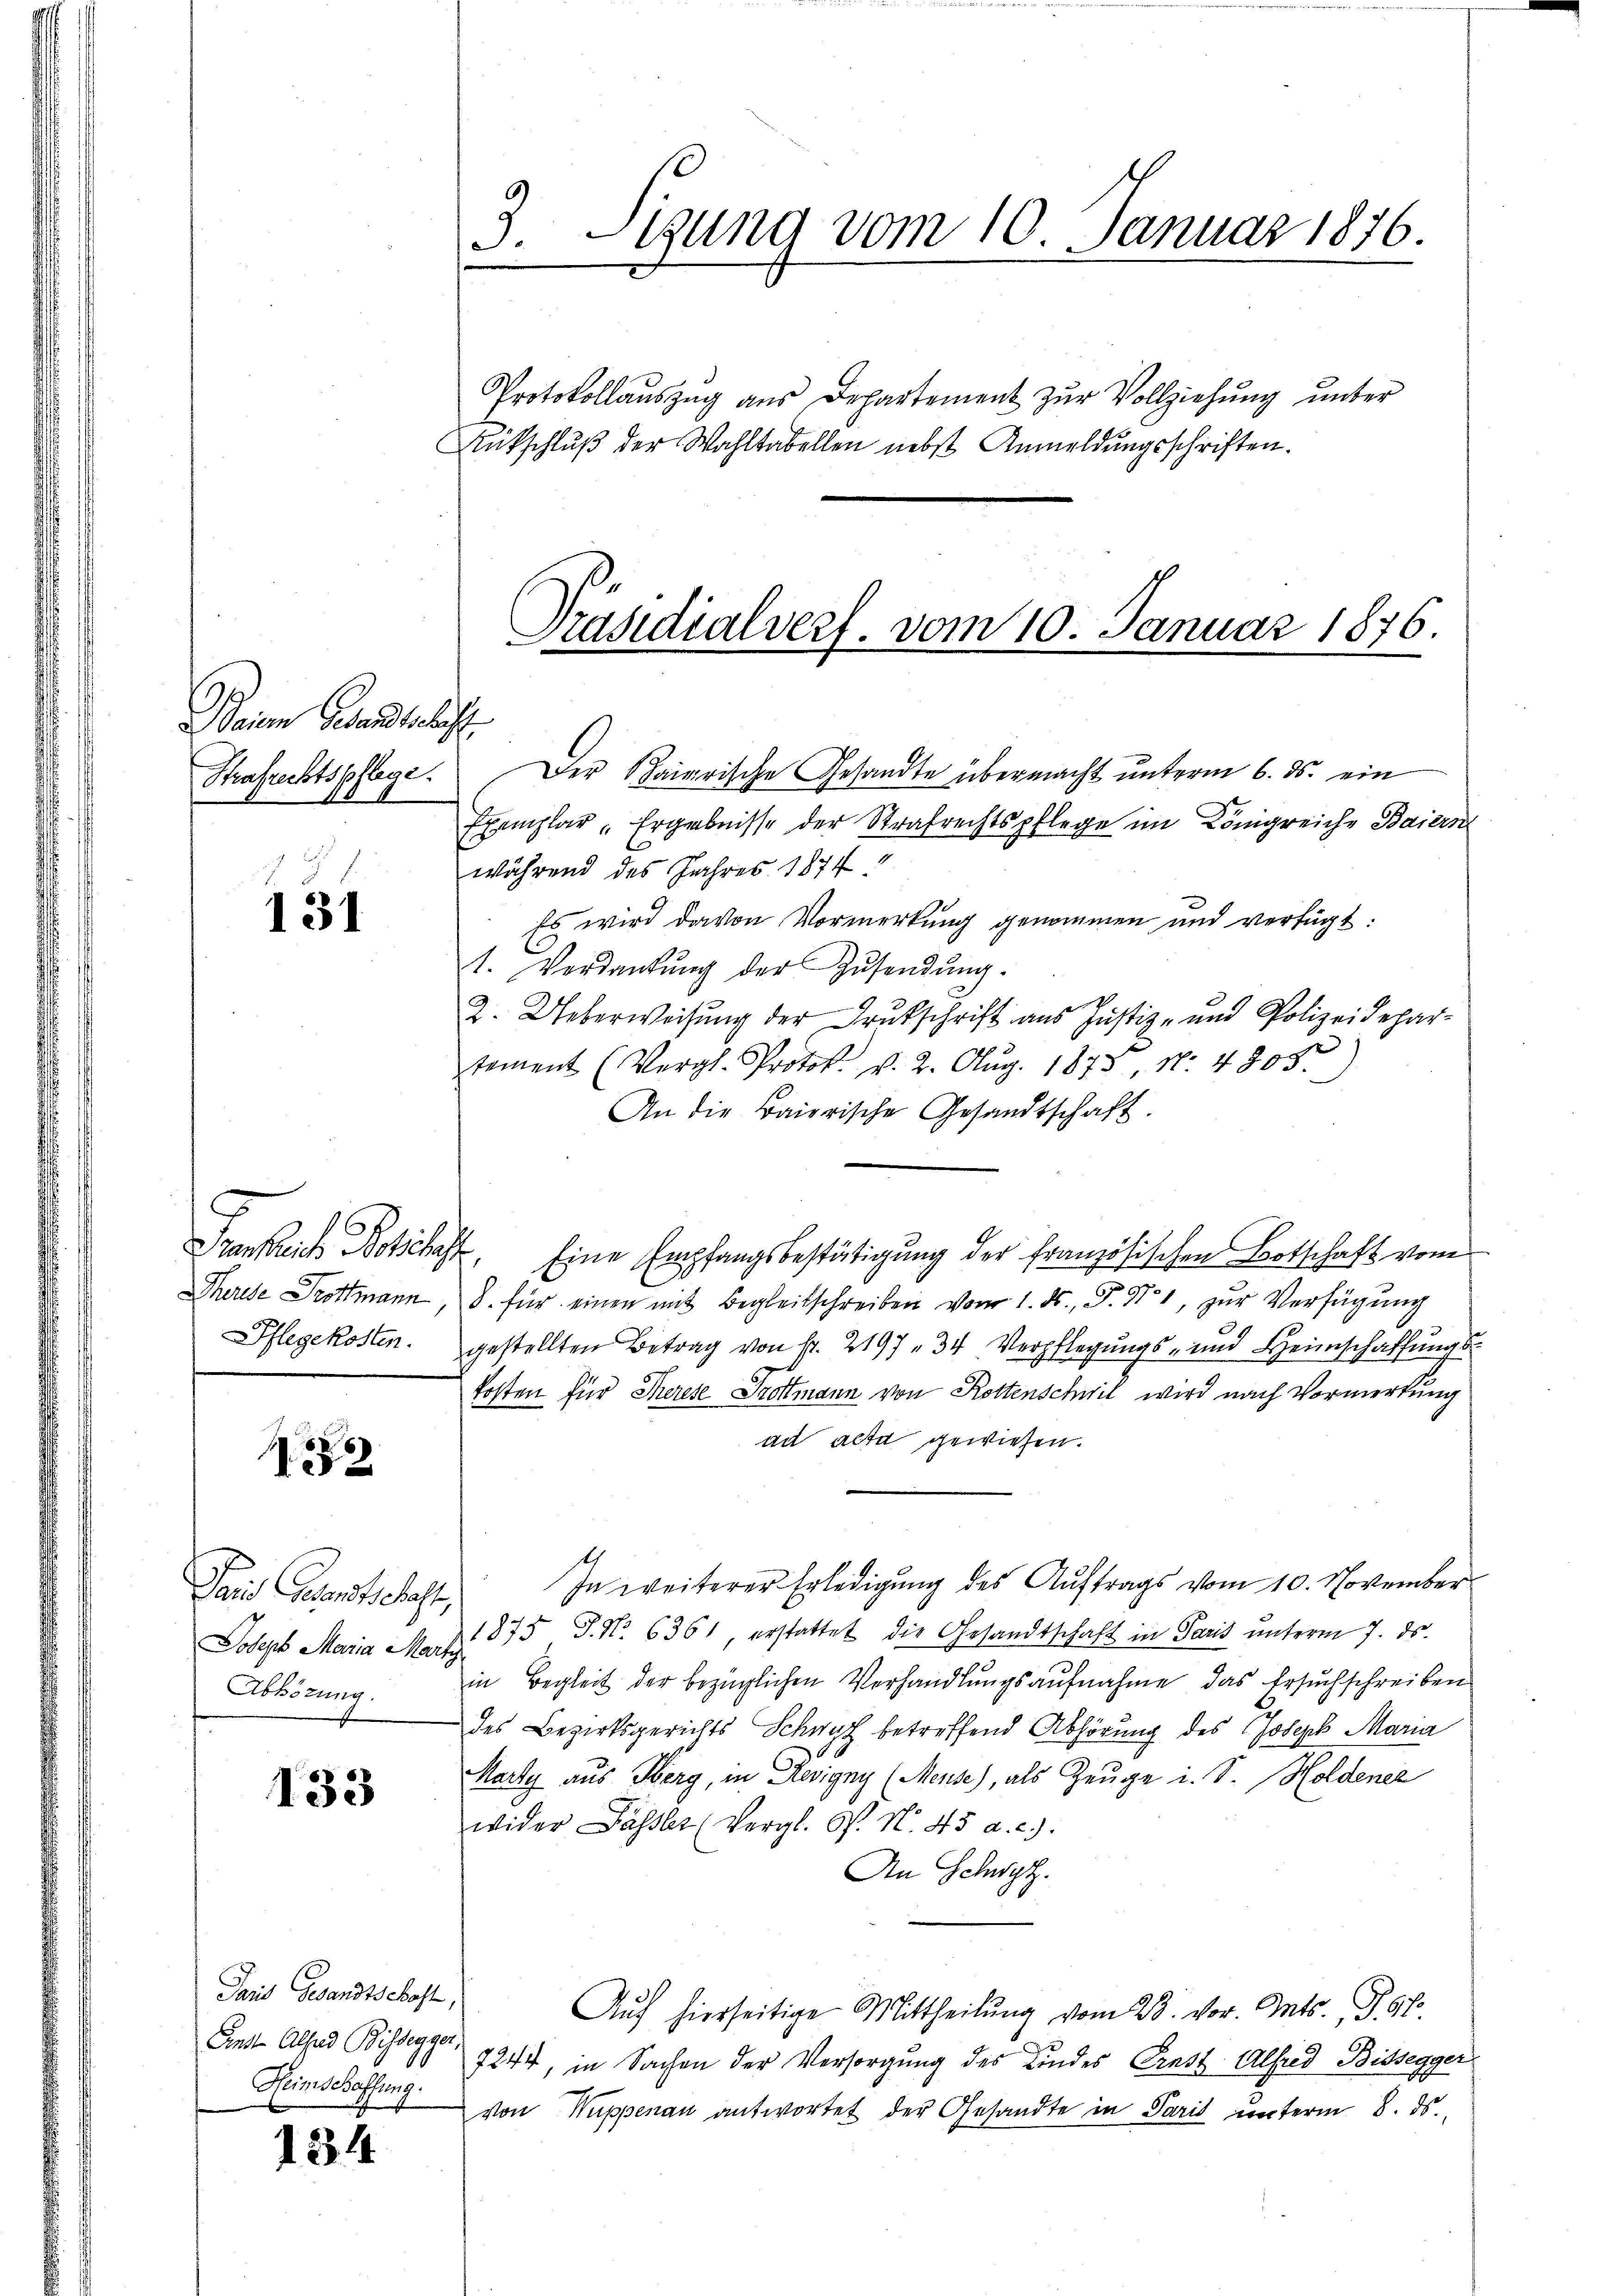
Beinen Gesandtschaft
Strafrechtspflege.

131

282

Jais entschaft,
Abhörung.

133

Paris Gesandtschaft,
Ent Absud Bissegger,
Heimschaffung.

134

Protokollaŭszŭg aŭs Departement zŭr Vollziehŭng ŭnter
Rutschlŭβ der Wahltabellen nebst Anmeldŭngsschriften.

3. Stung vom 10. Januar 1876.

Der Baierische Gesandte übermacht unterm 6. ds. ein
Exemplar "Ergebnisse der Strafrechtspflege im Königreiche Baiern
während des Jahres 1874
Es wird davon Vormerkung genommen und verfügt:
t. Verdankŭng der Zŭsendŭng.
t
2. Ueberweisung der Trukschrift aus Justiz- und Polizeidepar-
)
tament (Vergl. Protok. v. 2. Aug. 1873, No. 4805.
An die Baierische Gesandtschaft.
Frankreis Botschaft. Eine Empfangsbestätigung der französischen Botschaft vom
Therese Trottmann, 8. für einen mit Begleitschreiben vom 1. ds., P. Nr. 1, zur Verfügung
Pflegekosten. gestellten Betrag von fr. 2197 " 34 Verpflegŭngs- und Heimschaffŭngs-
kosten für Therese Trottmann von Rottenschwil wird nach Vormerkung
ad acta gewiesen.
In weiterer Erledigung des Auftrags vom 10. November
Joseph Maria Markt 375 S. Nr. 6361 erstattet die Gesandtschaft in Paris unterm 7. ds.
in Begleit der bezüglichen Verhandlungsaufnahme das Ersuchschreiben
des Bezirksgerichts Schwyz betreffend Abhörung des Joseph Maria
Marty aus Herg, in Rovigny (Meuse), als Zeuge i. S. Holdener
wider Fässler (Vergl. P. N. 45 a. c.
An Schwyz.
Auch hierseitige Mittheilung vom 28. vor. Ants. S. 67
7244, in Sachen der Versorgung des Kindes Ernst Alfred Bissegger
von Wappenau antwortet der Gesandte in Paris unterm 8. ds.

Präsidialverf. vom 10. Januar 1876.